Vaccination in Bombay 1924-1928 - 1924-1928
Year: 1924
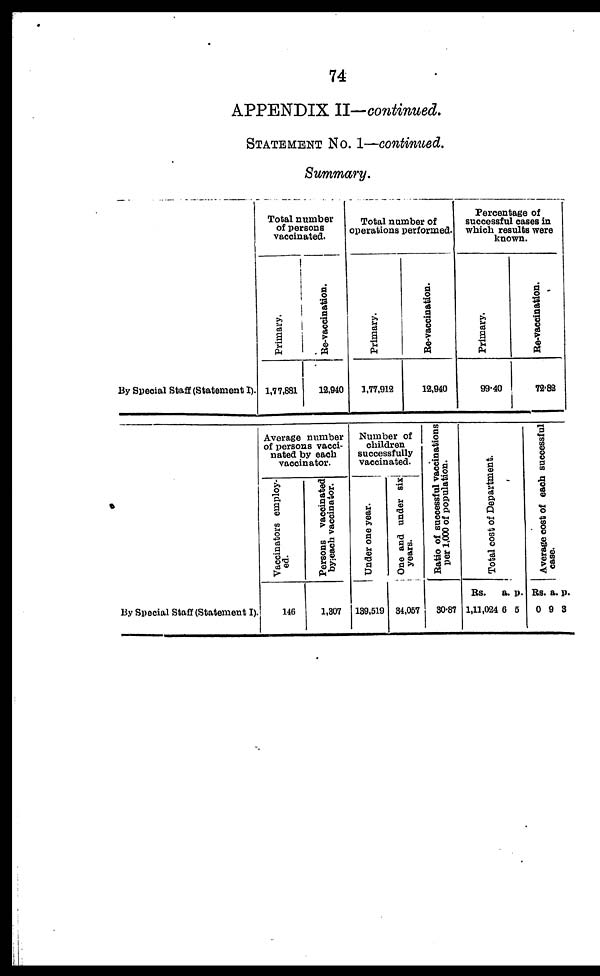
74
APPENDIX II—continued.
STATEMENT No. 1—continued.
Summary.
By Special Staff (Statement I).
Total number
of persons
vaccinated.
Primary.
1,77,881
Re-vaccination.
12,840
Total number of
operations performed.
Primary.
1,77,918
Re-vaccination.
12,040
Percentage of
successful cases in
which results were
known.
Primary.
99.40
Re-vaccination.
72.82
By Special Staff (Statement I).
Average number
of persons vacci-
nated by each
vaccinator.
Vaccinators employ-
ed.
146
Persons vaccinated
by each vaccinator.
1,307
Number of
children
successfully
vaccinated.
Under one year.
139,519
One and under six
years.
34,057
Ratio of successful vaccinations
per 1,000 of population.
30.87
Total cost of Department.
Rs.
1,11,024
a.
6
p.
5
Average cost of each successful
case.
Rs.
0
a.
9
p.
3